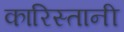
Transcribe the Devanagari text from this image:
कारिस्तानी